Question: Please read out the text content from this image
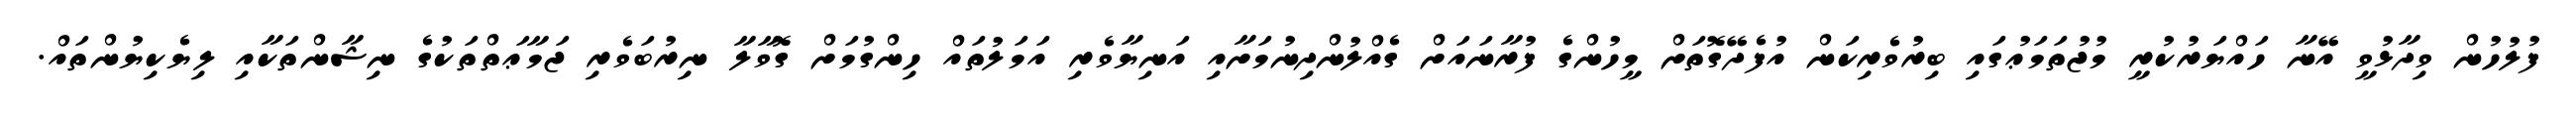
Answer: ފުލުހުން ވިދާޅުވީ އޭނާ ހައްޔަރުކުރީ މުޖުތަމަޢުގައި ބިރުވެރިކަން އުފެދޭގޮތަށް މީހުންގެ ފުރާނައަށް ގެއްލުންދިނުމަށާއި އަނިޔާވެރި އަމަލުތައް ހިންގުމަށް ގޮވާލާ ނިރުބަވެރި ޖަމާޢަތްތަކުގެ ނިޝާންތަކާއި ލިޔެކިޔުންތައް.